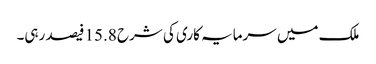
ملک میں سرمایہ کاری کی شرح 15.8 فیصد رہی۔